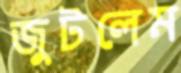
জুটলেম